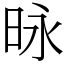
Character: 昹